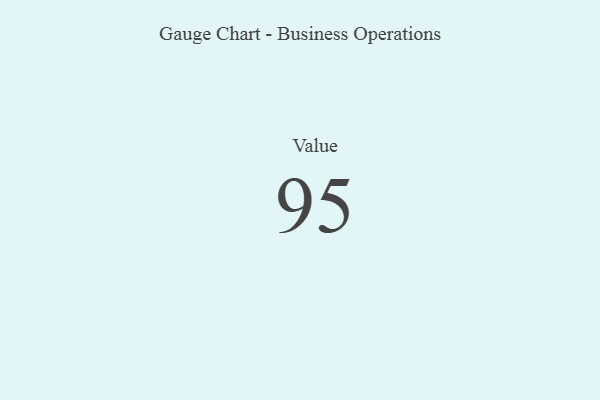
{"axis": {"x": "Metric", "y": "Value"}, "legend": [""], "data": [{"x": "Value", "y": 95, "type": ""}]}